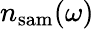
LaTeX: n_{\mathrm{sam}}(\omega)